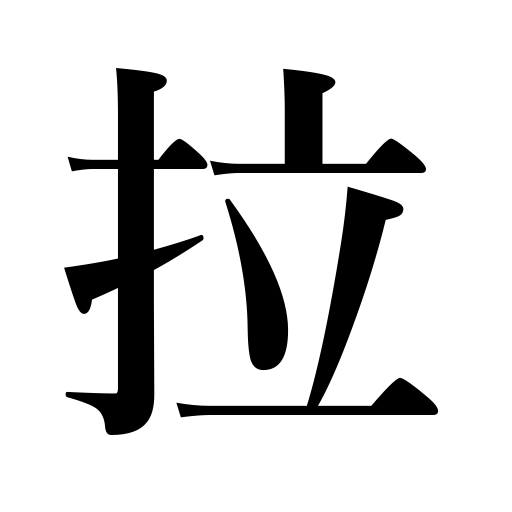
Meanings: Latin